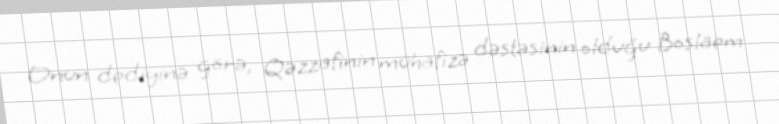
Onun dediyinə görə, Qəzzafinin mühafizə dəstəsinin olduğu Boslaem